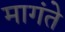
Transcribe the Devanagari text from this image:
मागंते